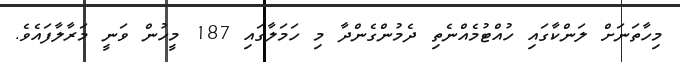
މިހާތަނަށް ލަންކާގައި ހުއްޓުމެއްނެތި ދެމުންގެންދާ މި ހަމަލާގައި 187 މީހުން ވަނީ މަރާލާފައެވެ.